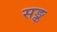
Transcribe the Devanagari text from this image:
सङ्क